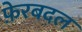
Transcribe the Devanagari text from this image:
फ़ेरबदल